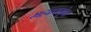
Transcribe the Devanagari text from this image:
महाप्रभूंवर